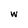
Character: w